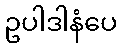
ဥပါဒါနံပေ